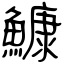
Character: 鱇